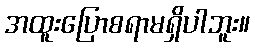
အထူးပြောစရာမရှိပါဘူး။